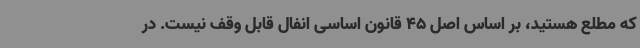
که مطلع هستید، بر اساس اصل 45 قانون اساسی انفال قابل وقف نیست. در